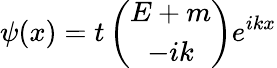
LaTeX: \psi(x)=t\left(\begin{array}{c}{{E+m}}\\ {{-ik}}\end{array}\right)e^{ikx}